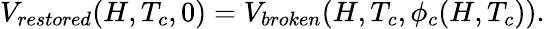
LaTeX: V_{restored}(H,T_{c},0)=V_{broken}(H,T_{c},\phi_{c}(H,T_{c})).